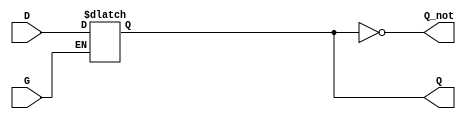
module gated_latch (
    input wire D,      // Data input
    input wire G,      // Gate control signal
    output reg Q,      // Output
    output wire Q_not  // Inverted output
);
    
    // Inverted output
    assign Q_not = ~Q;

    // Always block to define the behavior of the gated latch
    always @(*) begin
        if (G) begin
            Q = D;      // Capture the value of D when G is high
        end else begin
            // Retain the previous value of Q when G is low
            // Note: The output Q holds its value implicitly
        end
    end

endmodule